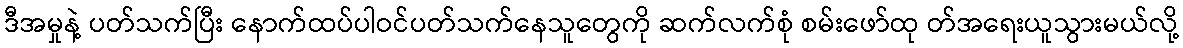
ဒီအမှုနဲ့ ပတ်သက်ပြီး နောက်ထပ်ပါဝင်ပတ်သက်နေသူတွေကို ဆက်လက်စုံ စမ်းဖော်ထု တ်အရေးယူသွားမယ်လို့